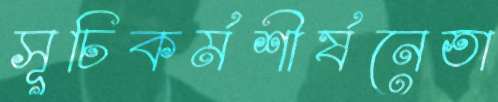
সূচিকর্মশীর্ষনেতা